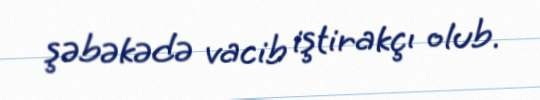
şəbəkədə vacib iştirakçı olub.